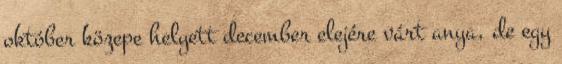
október közepe helyett december elejére várt anya, de egy